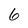
Character: 6